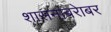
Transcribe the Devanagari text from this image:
शासनाबरेाबर